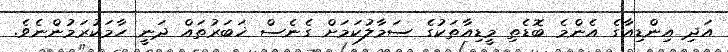
އަދި އިންޑިއާގެ އެންމެ ބޮޑެތި މީޑިއާތަކުގެ ސަމާލުކަމަށް ގެނެސް ޚަބަރުތައް ދަނީ ހާމަކުރަމުންނެވެ.